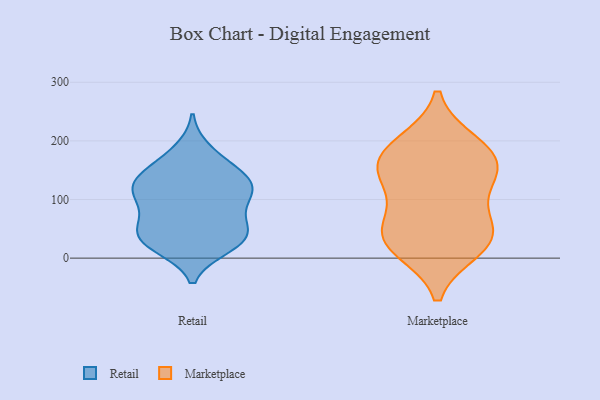
{"axis": {"x": "Headcount", "y": "Value"}, "legend": ["Marketplace", "Retail"], "data": [{"x": "", "y": 144, "type": "Retail"}, {"x": "", "y": 105, "type": "Retail"}, {"x": "", "y": 104, "type": "Retail"}, {"x": "", "y": 124, "type": "Retail"}, {"x": "", "y": 22, "type": "Retail"}, {"x": "", "y": 50, "type": "Retail"}, {"x": "", "y": 184, "type": "Retail"}, {"x": "", "y": 122, "type": "Retail"}, {"x": "", "y": 36, "type": "Retail"}, {"x": "", "y": 129, "type": "Retail"}, {"x": "", "y": 19, "type": "Retail"}, {"x": "", "y": 59, "type": "Retail"}, {"x": "", "y": 32, "type": "Retail"}, {"x": "", "y": 164, "type": "Retail"}, {"x": "", "y": 34, "type": "Retail"}, {"x": "", "y": 101, "type": "Retail"}, {"x": "", "y": 69, "type": "Retail"}, {"x": "", "y": 137, "type": "Retail"}, {"x": "", "y": 41, "type": "Marketplace"}, {"x": "", "y": 141, "type": "Marketplace"}, {"x": "", "y": 29, "type": "Marketplace"}, {"x": "", "y": 17, "type": "Marketplace"}, {"x": "", "y": 154, "type": "Marketplace"}, {"x": "", "y": 195, "type": "Marketplace"}, {"x": "", "y": 35, "type": "Marketplace"}, {"x": "", "y": 67, "type": "Marketplace"}, {"x": "", "y": 124, "type": "Marketplace"}, {"x": "", "y": 184, "type": "Marketplace"}, {"x": "", "y": 167, "type": "Marketplace"}]}